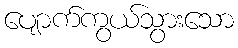
ပျောက်ကွယ်သွားသော